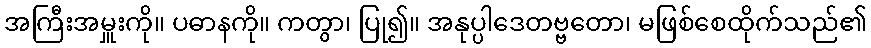
အကြီးအမှူးကို။ ပဓာနကို။ ကတွာ၊ ပြု၍။ အနုပ္ပါဒေတဗ္ဗတော၊ မဖြစ်စေထိုက်သည်၏